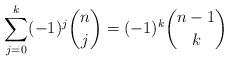
LaTeX: \begin{align*}\sum_{j=0}^k (-1)^j\binom{n}{j} = (-1)^k\binom{n-1}{k}\end{align*}